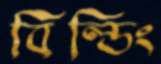
বিল্ডিং